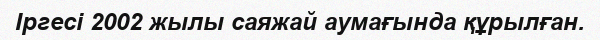
Іргесі 2002 жылы саяжай аумағында құрылған.